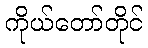
ကိုယ်တော်တိုင်